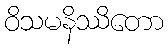
ဝိသမနိဿိတော